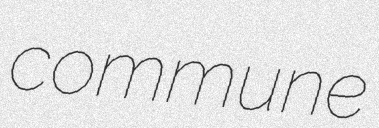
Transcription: commune